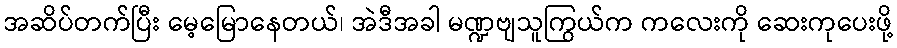
အဆိပ်တက်ပြီး မေ့မြောနေတယ်၊ အဲဒီအခါ မဏ္ဍဗျသူကြွယ်က ကလေးကို ဆေးကုပေးဖို့